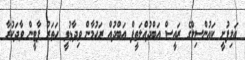
އަލިފުށީ ކައުންސިލްގެ ރައީސް އަބްދުއްލަތީފް އަބްދުއް ރަހުމާން ވިދާޅުވީ ހަތަރު ޕާޓީން ވާދަކުރާ